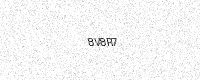
Text: 8V8R7